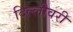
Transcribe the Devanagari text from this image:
दिल्लीवरी